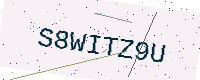
Text: S8WITZ9U